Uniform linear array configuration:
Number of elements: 64
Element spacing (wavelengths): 1
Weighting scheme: exponential
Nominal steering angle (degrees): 45
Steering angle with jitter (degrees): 46.95
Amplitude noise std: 0.05
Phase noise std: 0.05

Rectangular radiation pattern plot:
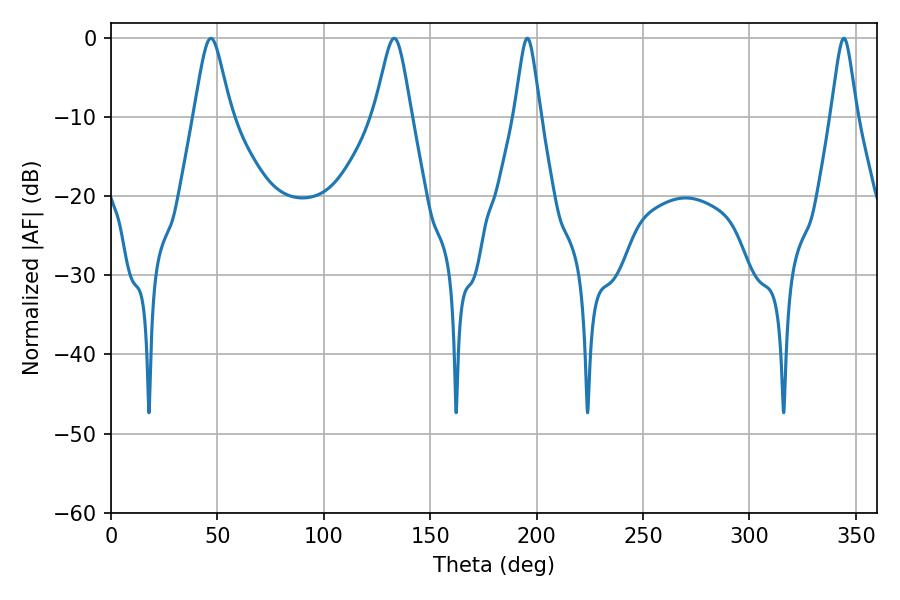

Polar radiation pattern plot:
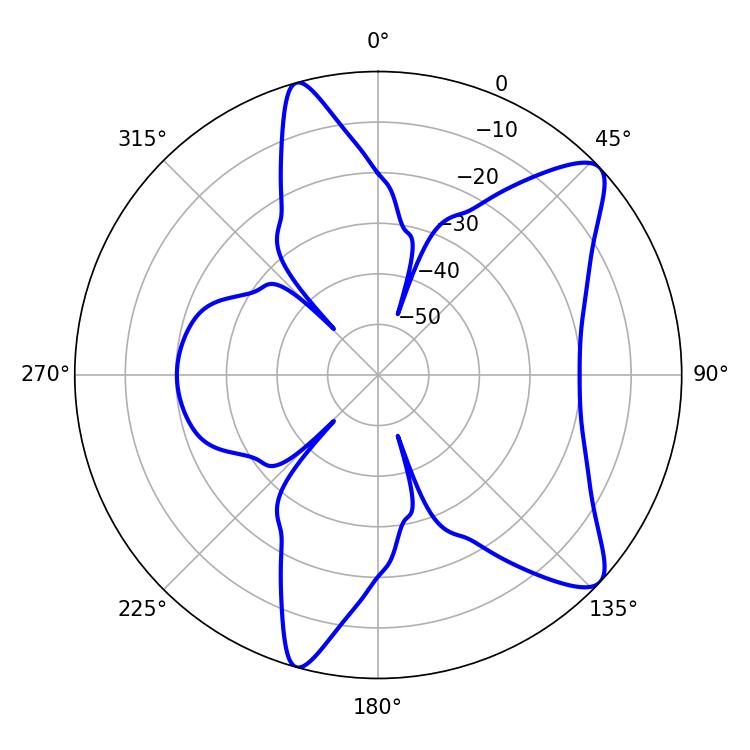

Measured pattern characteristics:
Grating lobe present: TRUE
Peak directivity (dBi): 9.899
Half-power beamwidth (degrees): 8.28
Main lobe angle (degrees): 46.98